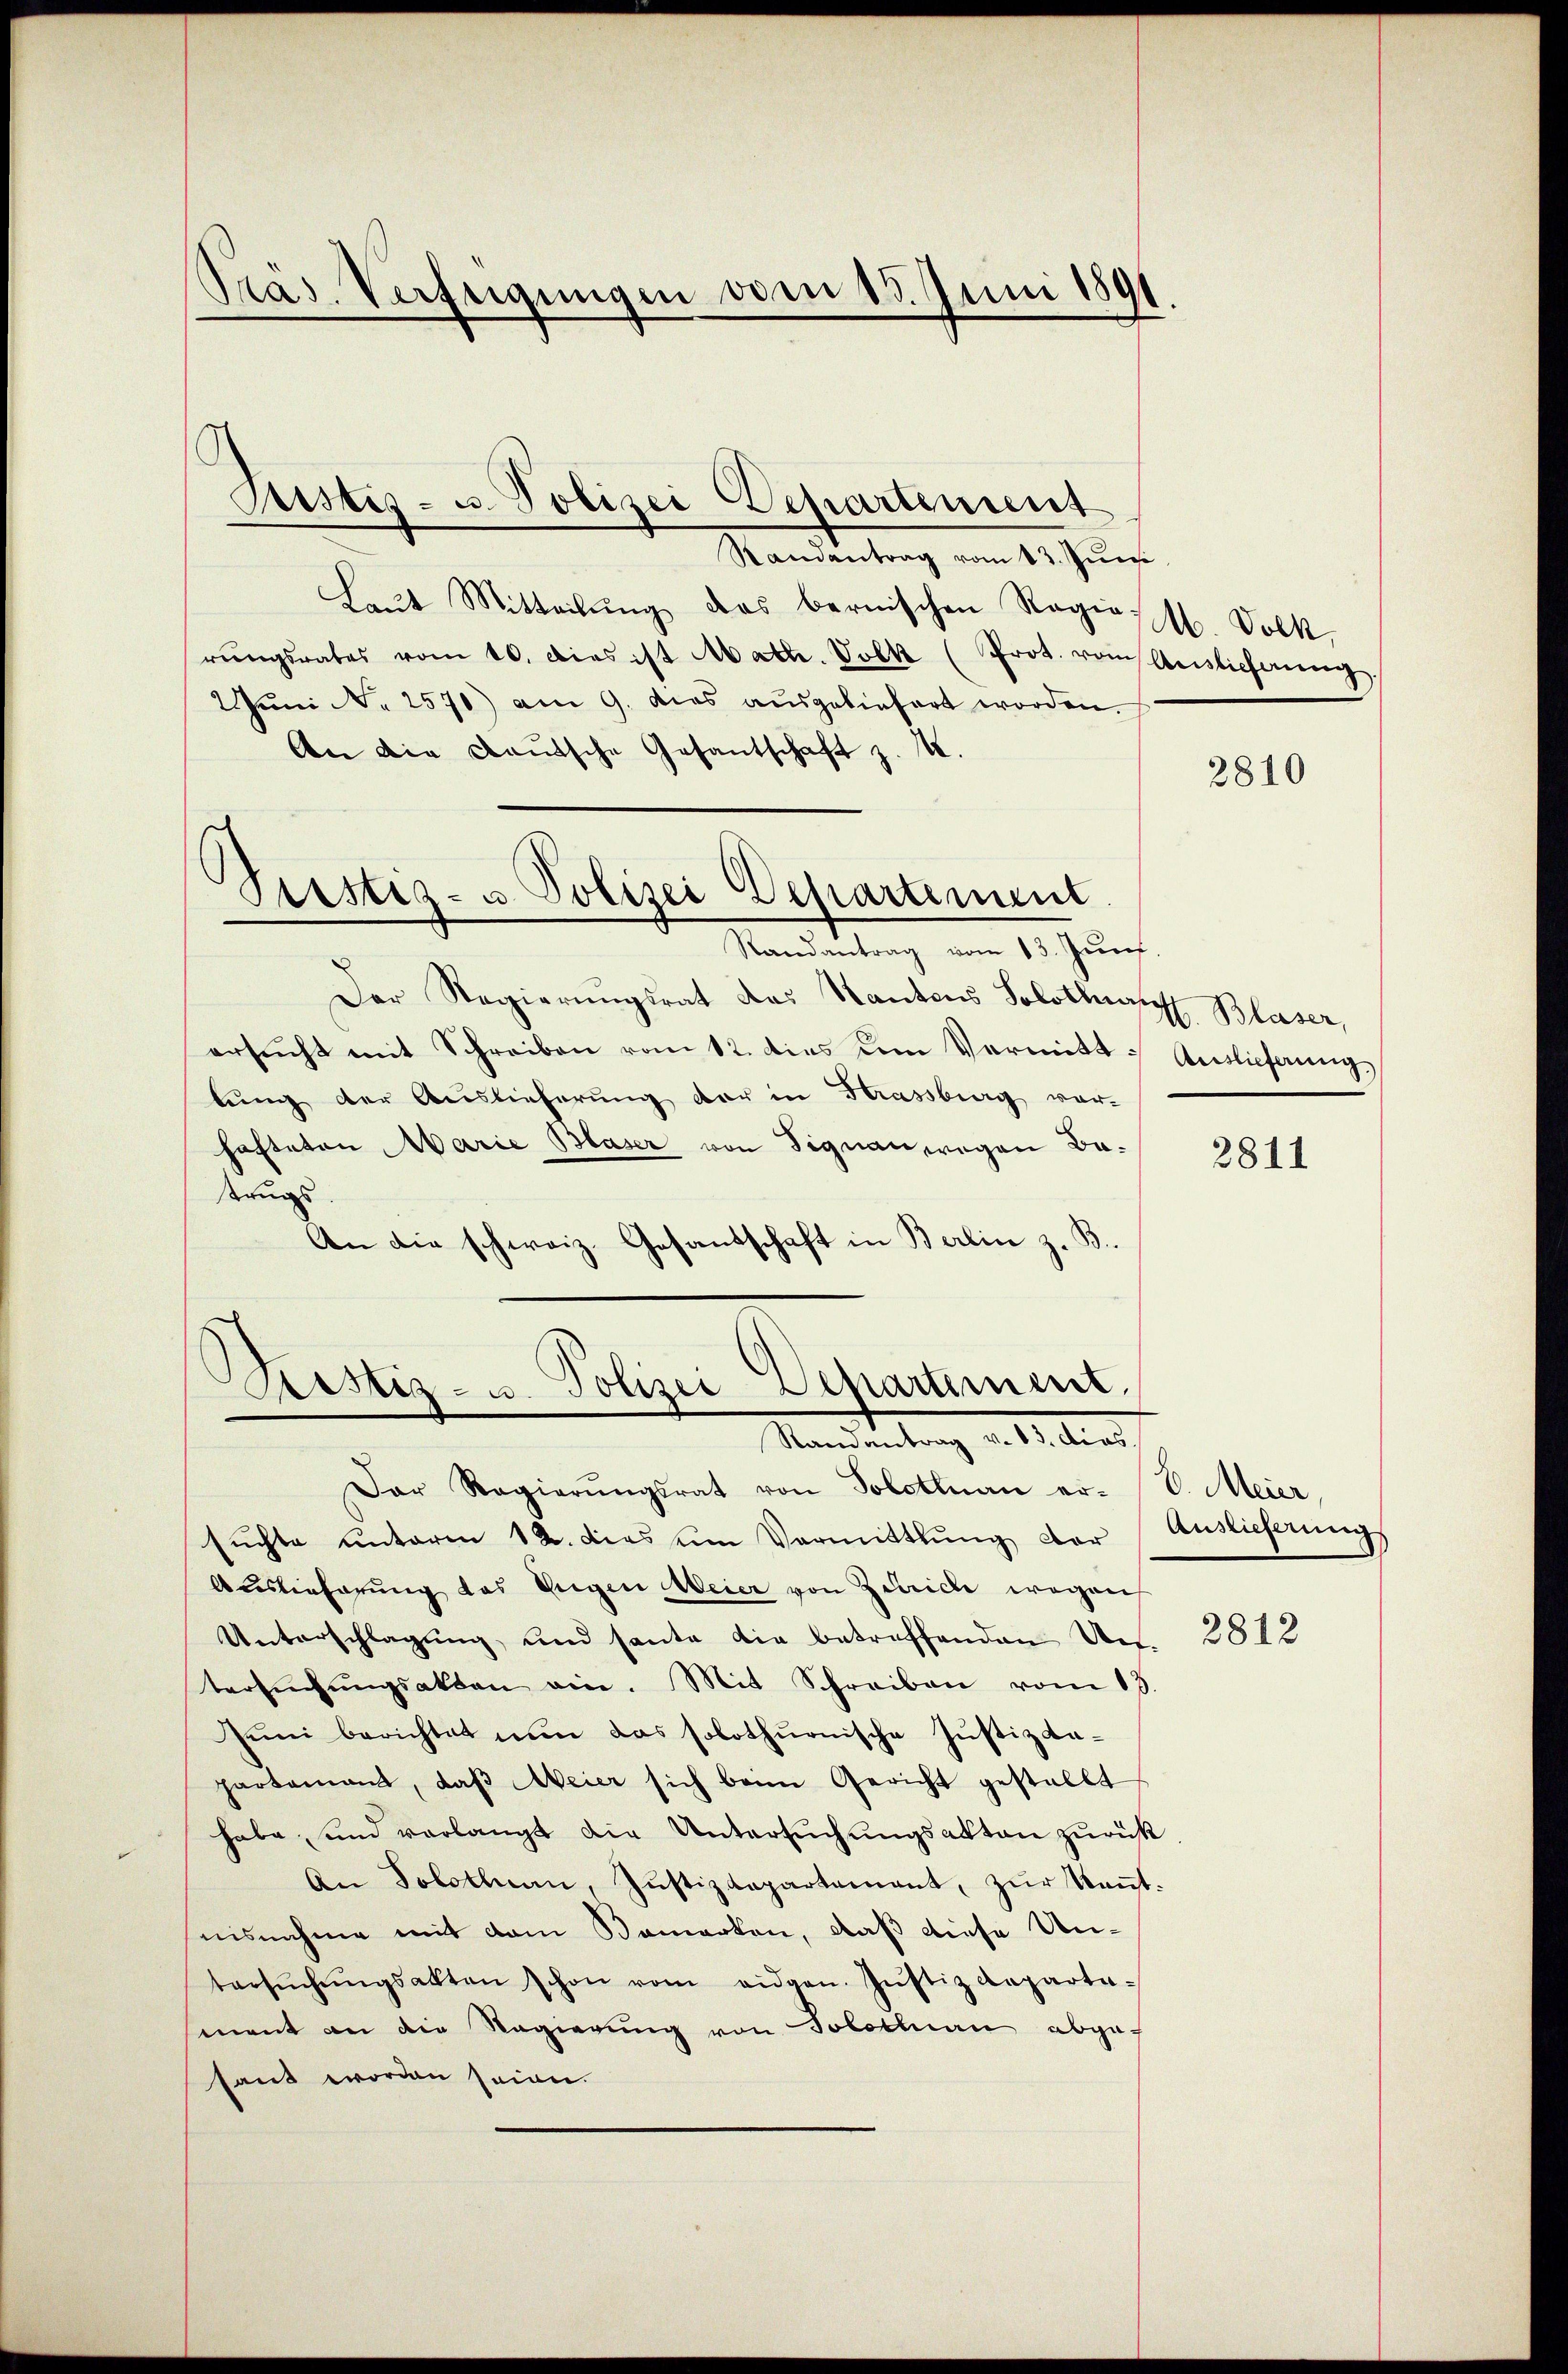
Präs. Verfügungen vom 15. Juni 1891.
.

Randantrag vom 13. Juni
Laut Mitteilŭng das bernischen Regiess. Volk,
rŭngsrates vom 10. dies ist Matte. Volk (Prot. vom Geistieferieng.
2 Jŭni No 2570) am 9. dies aŭsgeliefert worden.
An die Deutsche Gesantschaft z. I.

Ristis- u. Polizei Departement

Justiz- u Polizei Departement.
Randantrag vom 13. Jun.

Der Regierungsrat das Kantons Solothurn Blaser,
ersucht mit Schreiben vom 12. dies um Vermittlŭng der Auslieferŭng der in Strassburg ver-
hafteten Marie Blaser von Signau wegen Batrugs.
An die schweiz. Gesandschaft in Berlin z. B.

Ristiz- u. Polizei Departement.
Randantrag v. 13. dies

Der Regierŭngsrat von Solotenan er- (E. Meier,
sŭchte unterm 12. dies um Vermittlung der Auslieferungs
Auslieferung das Eigen Meier von Zürich wegen
Unterschlagung, und sante die betreffenden Art. 2812
tersŭchŭngsakten ein. Mit Schreiben vom 13.
Jŭni berichtet nŭn das solothurnische Justiz da-
partamant, daβ eier sich beim Gericht gestallt
habe und verlangt die Untersŭchŭngsakten zurück
An Solothurn, Justizdepartement, zŭr Keṅt-
nisnahme mit dem Bemerken, daß diese Untersŭchŭngsakten schon vom eidgen. Jŭstiz Reparta-
sment an die Regierung von Solothurn abge-
sant worden seien.

2810

Auslieferung

2811